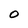
Character: 0